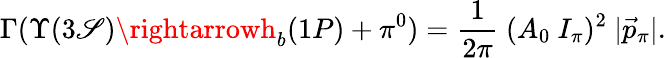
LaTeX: \Gamma(\Upsilon(3\mathscr{S})\rightarrowh_{b}(1P)+\pi^{0})={\frac{{1}}{{2\pi}}}~(A_{0}\ I_{\pi})^{2}{}~|\vec{{p}}_{\pi}|.